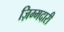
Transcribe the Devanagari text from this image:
ज़िम्मदारी